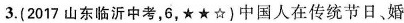
3.(2017山东临沂中考，6，★★☆)中国人在传统节日，婚